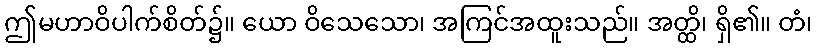
ဤမဟာဝိပါက်စိတ်၌။ ယော ဝိသေသော၊ အကြင်အထူးသည်။ အတ္ထိ၊ ရှိ၏။ တံ၊